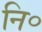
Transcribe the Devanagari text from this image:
नि॰